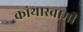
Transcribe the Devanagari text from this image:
कांथास्वामी